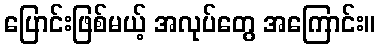
ပြောင်းဖြစ်မယ့် အလုပ်တွေ အကြောင်း။